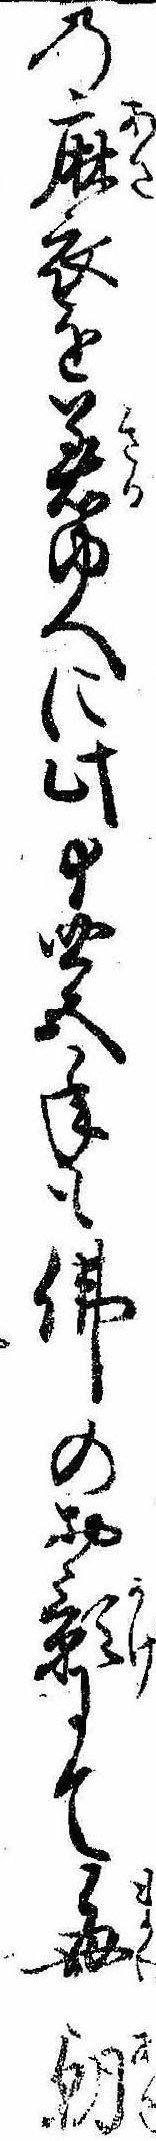
の麻衣を着ゆへに此十四五年も仏のお影にて毎朝